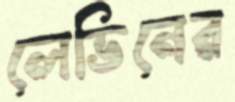
লেভিনের